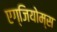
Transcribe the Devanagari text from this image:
एग्जियोम्स